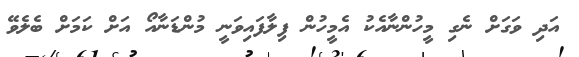
އަދި ވަގަށް ނެގި މީހުންނާއެކު އެމީހުން ފިލާފައިވަނީ މުންޑަނާއޯ އަށް ކަމަށް ބެލެވޭ